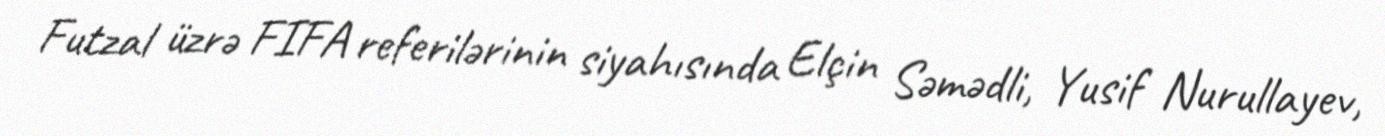
Futzal üzrə FIFA referilərinin siyahısında Elçin Səmədli, Yusif Nurullayev,